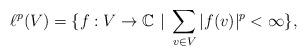
LaTeX: \begin{align*} \ell^p(V) = \{f:V \to \mathbb{C}\ |\ \sum_{v\in V} |f(v)|^p < \infty\},\end{align*}